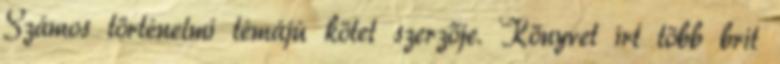
Számos történelmi témájú kötet szerzője. Könyvet írt több brit